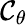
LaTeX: {\mathcal{C}}_{\theta}